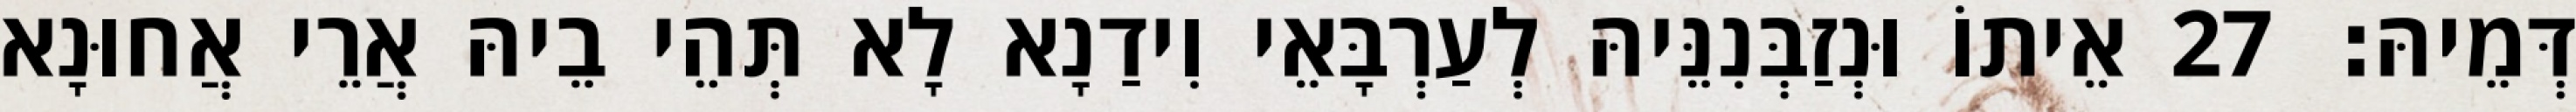
דְּמֵיהּ׃ 27 אֵיתוֹ וּנְזַבְּנִנֵּיהּ לְעַרְבָּאֵי וִידַנָא לָא תְּהֵי בֵיהּ אֲרֵי אֲחוּנָא